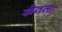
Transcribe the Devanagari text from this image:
खेतला